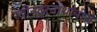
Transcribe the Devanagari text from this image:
रवीन्द्रनाथांनीच